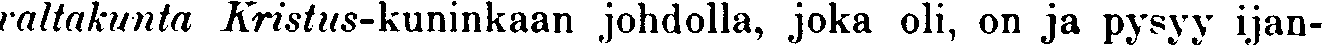
valtakunta Kristus-kuninkaan johdolla, joka oli, on ja pysyy ijan-